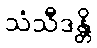
သံသီဒန္တိ